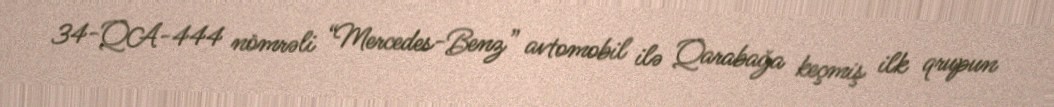
34-QA-444 nömrəli “Mercedes-Benz” avtomobil ilə Qarabağa keçmiş ilk qrupun